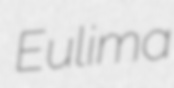
Eulima